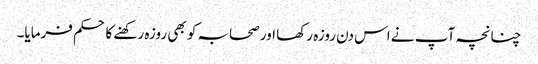
چنانچہ آپ نے اس دن روزہ رکھا اور صحابہ کو بھی روزہ رکھنے کا حکم فرمایا۔